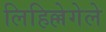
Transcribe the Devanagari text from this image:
लिहिल्लेगेले